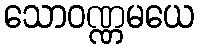
သောဝဏ္ဏမယေ